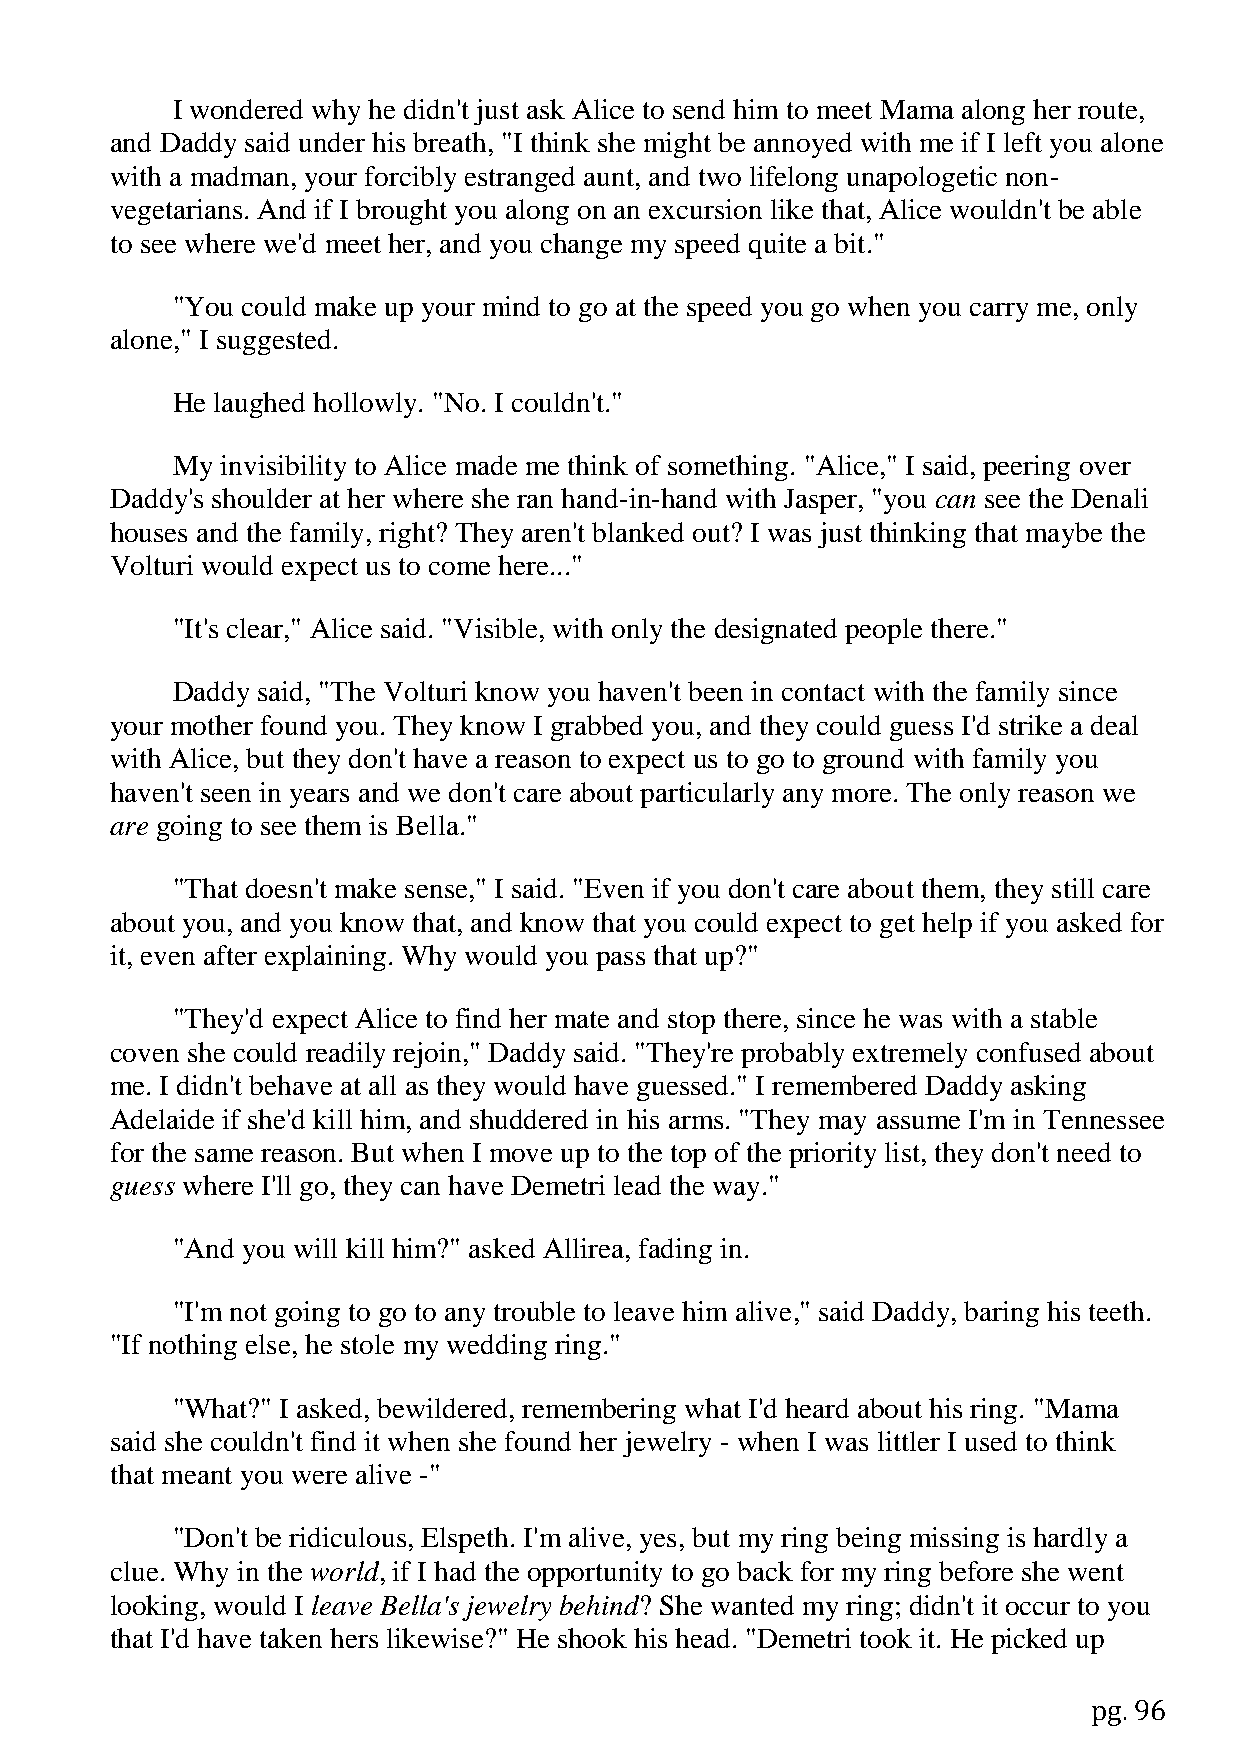
I wondered why he didn't just ask Alice to send him to meet Mama along her route,
 and Daddy said under his breath, "I think she might be annoyed with me if I left you alone
 with a madman, your forcibly estranged aunt, and two lifelong unapologetic non-
 vegetarians. And if I brought you along on an excursion like that, Alice wouldn't be able
 to see where we'd meet her, and you change my speed quite a bit."
 "You could make up your mind to go at the speed you go when you carry me, only
 alone," I suggested.
 He laughed hollowly. "No. I couldn't."
 My  invisibility to Alice made me think of something. "Alice," I said, peering over
 Daddy's shoulder at her where she ran hand-in-hand with Jasper, "you can see the Denali
 houses and the family, right? They aren't blanked out? I was just thinking that maybe the
 Volturi would expect us to come here..."
 "It's clear," Alice said. "Visible, with only the designated people there."
 Daddy said, "The Volturi know you haven't been in contact with the family since
 your mother found you. They know I grabbed you, and they could guess I'd strike a deal
 with Alice, but they don't have a reason to expect us to go to ground with family you
 haven't seen in years and we don't care about particularly any more. The only reason we
 are going to see them is Bella."
 "That doesn't make sense," I said. "Even if you don't care about them, they still care
 about you, and you know that, and know that you could expect to get help if you asked for
 it, even after explaining. Why would you pass that up?"
 "They'd expect Alice to find her mate and stop there, since he was with a stable
 coven she could readily rejoin," Daddy said. "They're probably extremely confused about
 me. I didn't behave at all as they would have guessed." I remembered Daddy asking
 Adelaide if she'd kill him, and shuddered in his arms. "They may assume I'm in Tennessee
 for the same reason. But when I move up to the top of the priority list, they don't need to
 guess where I'll go, they can have Demetri lead the way."
 "And you will kill him?" asked Allirea, fading in.
 "I'm not going to go to any trouble to leave him alive," said Daddy, baring his teeth.
 "If nothing else, he stole my wedding ring."
 "What?" I asked, bewildered, remembering what I'd heard about his ring. "Mama
 said she couldn't find it when she found her jewelry - when I was littler I used to think
 that meant you were alive -"
 "Don't be ridiculous, Elspeth. I'm alive, yes, but my ring being missing is hardly a
 clue. Why in the world, if I had the opportunity to go back for my ring before she went
 looking, would I leave Bella's jewelry behind? She wanted my ring; didn't it occur to you
 that I'd have taken hers likewise?" He shook his head. "Demetri took it. He picked up
 pg. 96